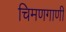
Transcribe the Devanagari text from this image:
चिमणगाणी